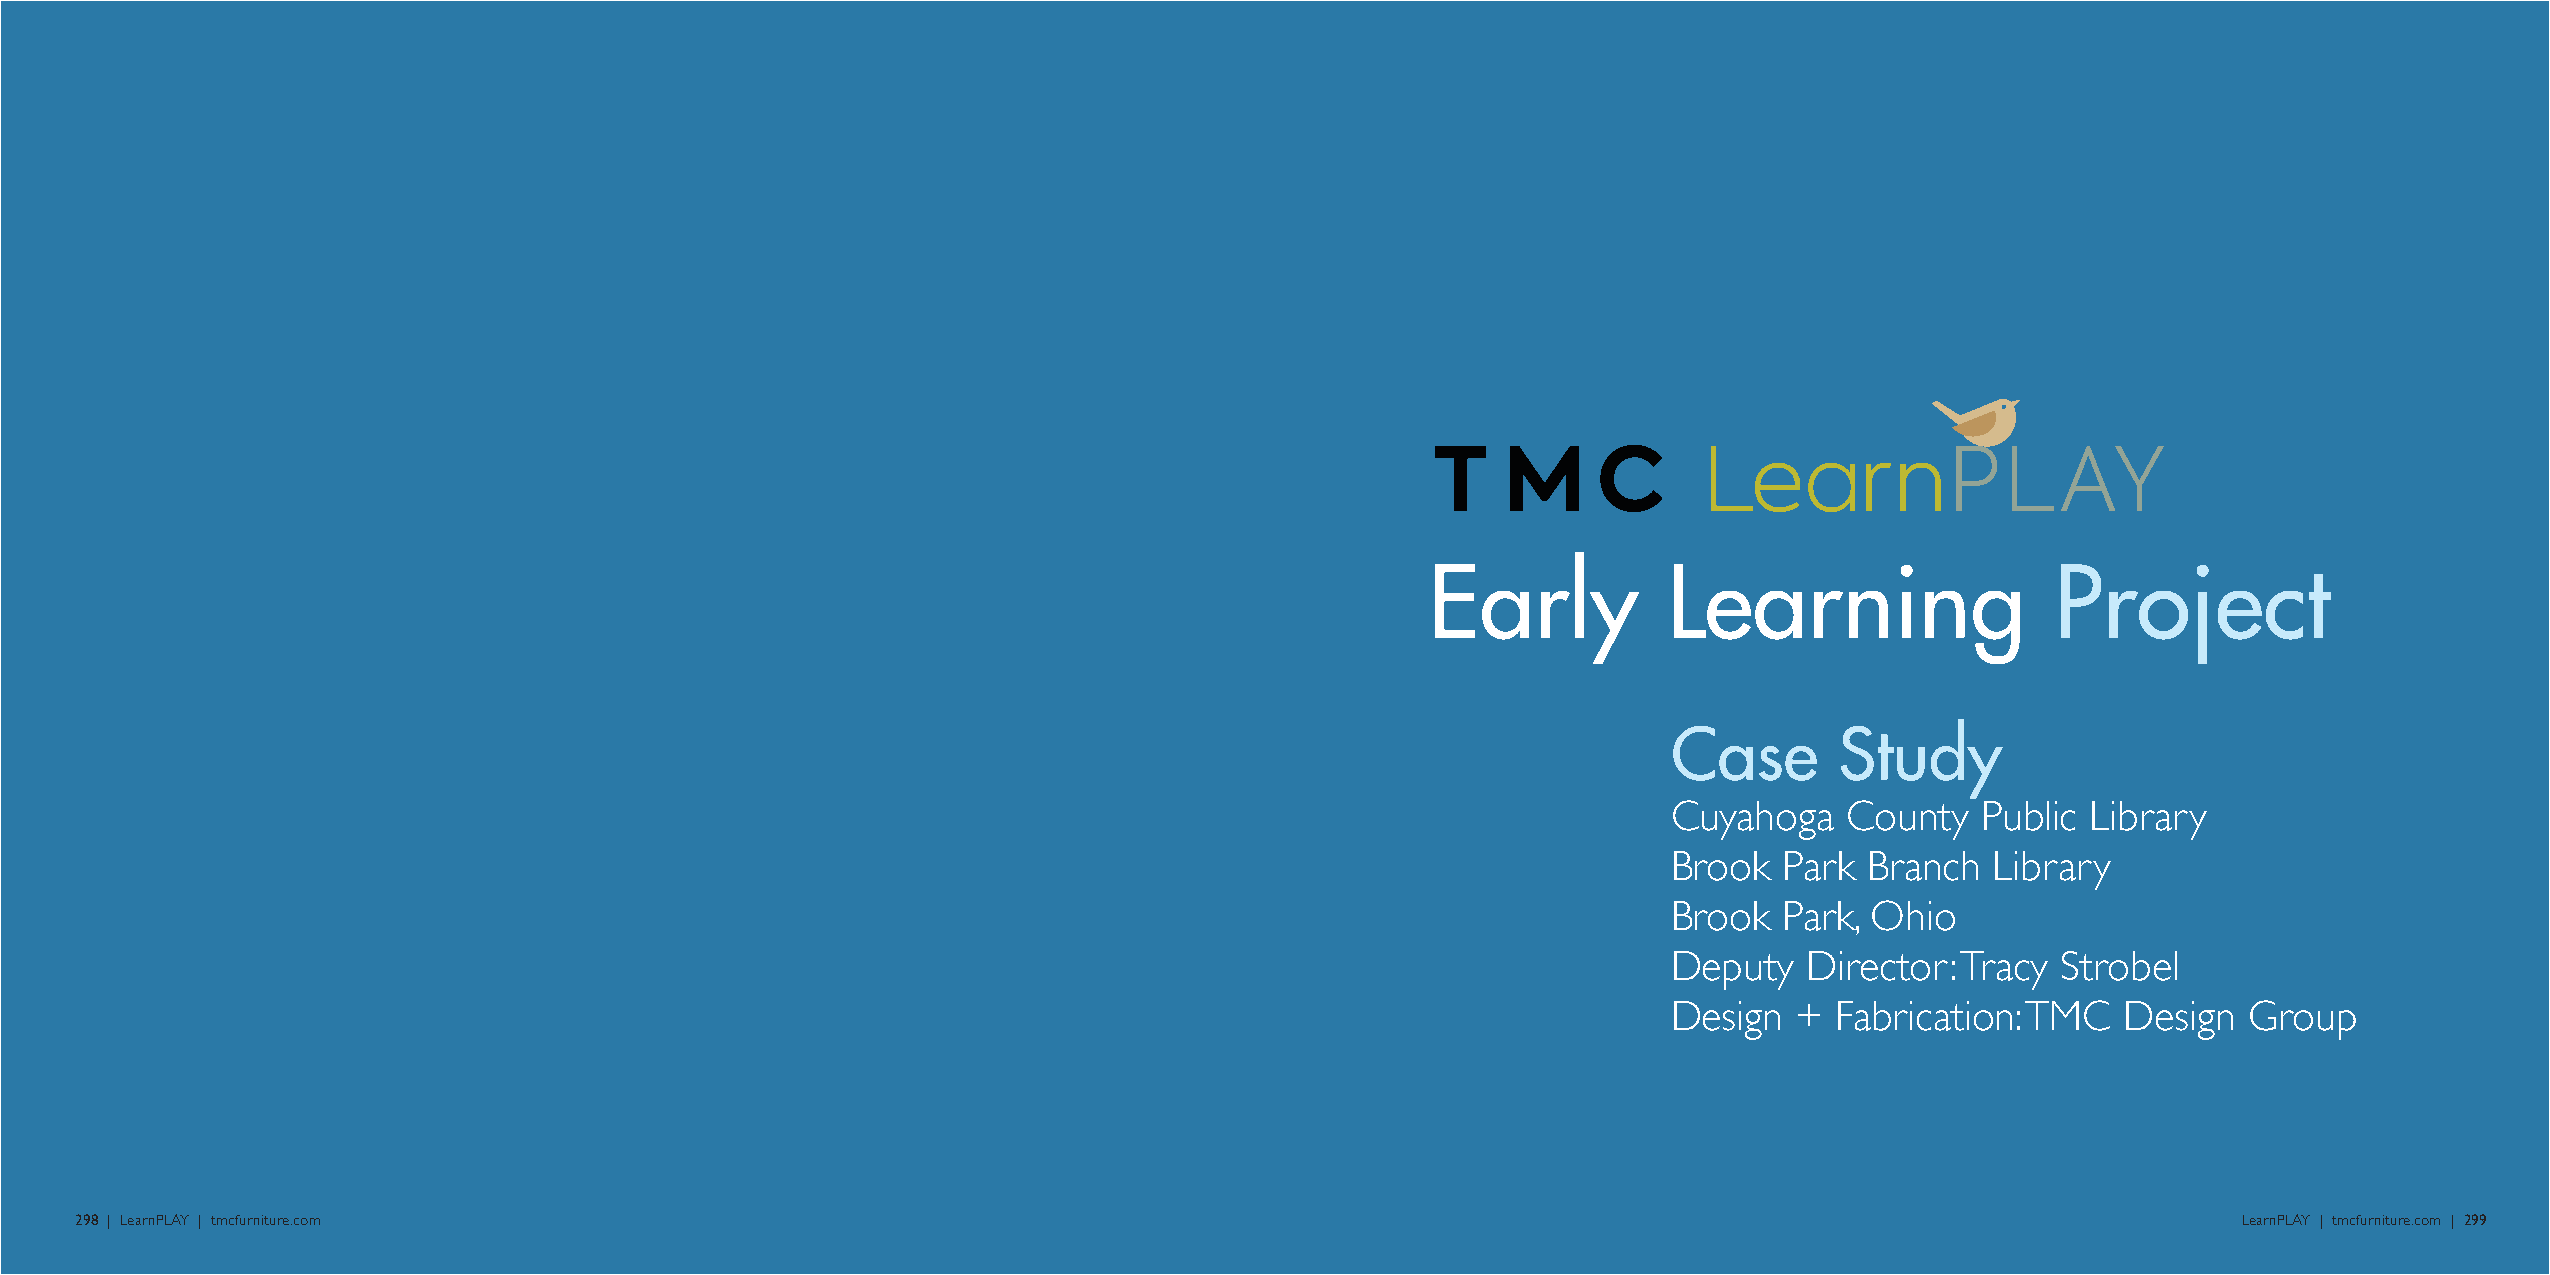
Early          Learning                  Project
 Case       Study
 Cuyahoga   County   Public Library
 Brook  Park  Branch  Library
 Brook  Park, Ohio
 Deputy   Director: Tracy Strobel
 Design  +  Fabrication: TMC   Design  Group
 298 | LearnPLAY | tmcfurniture.com                                                                                                             LearnPLAY | tmcfurniture.com | 299